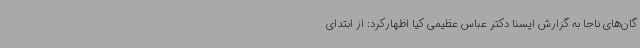
گان‌های ناجا به گزارش ایسنا دکتر عباس عظیمی کیا اظهارکرد: از ابتدای